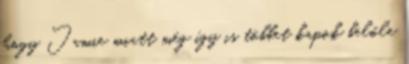
hogy Jamie miatt még így is többet kapok belőle